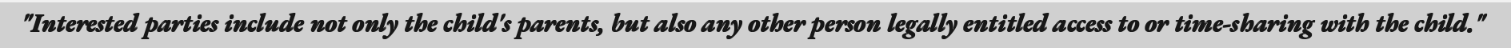
"Interested parties include not only the child's parents, but also any other person legally entitled access to or time-sharing with the child."